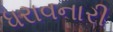
ધરાવનારી